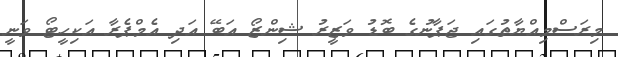
މިރަސްމިއްޔާތުގައި ޖަޕާނުގެ ބޮޑު ވަޒީރު ޝިންޒޯ އަބޭ އަދި އެމްޕެރާ އަކިހީޓޯ ވަނީ